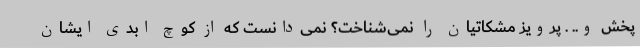
پخش و.. . پرویز مشکاتیان را نمی‌شناخت؟ نمی‌دانست که از کوچ ابدی ایشان